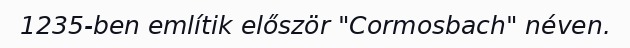
1235-ben említik először "Cormosbach" néven.